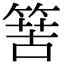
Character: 𥯶